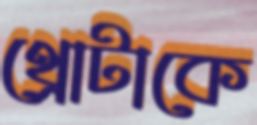
থ্রোটাকে